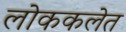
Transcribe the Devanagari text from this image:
लोककलेत